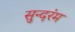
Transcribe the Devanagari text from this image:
सुन्दरंम